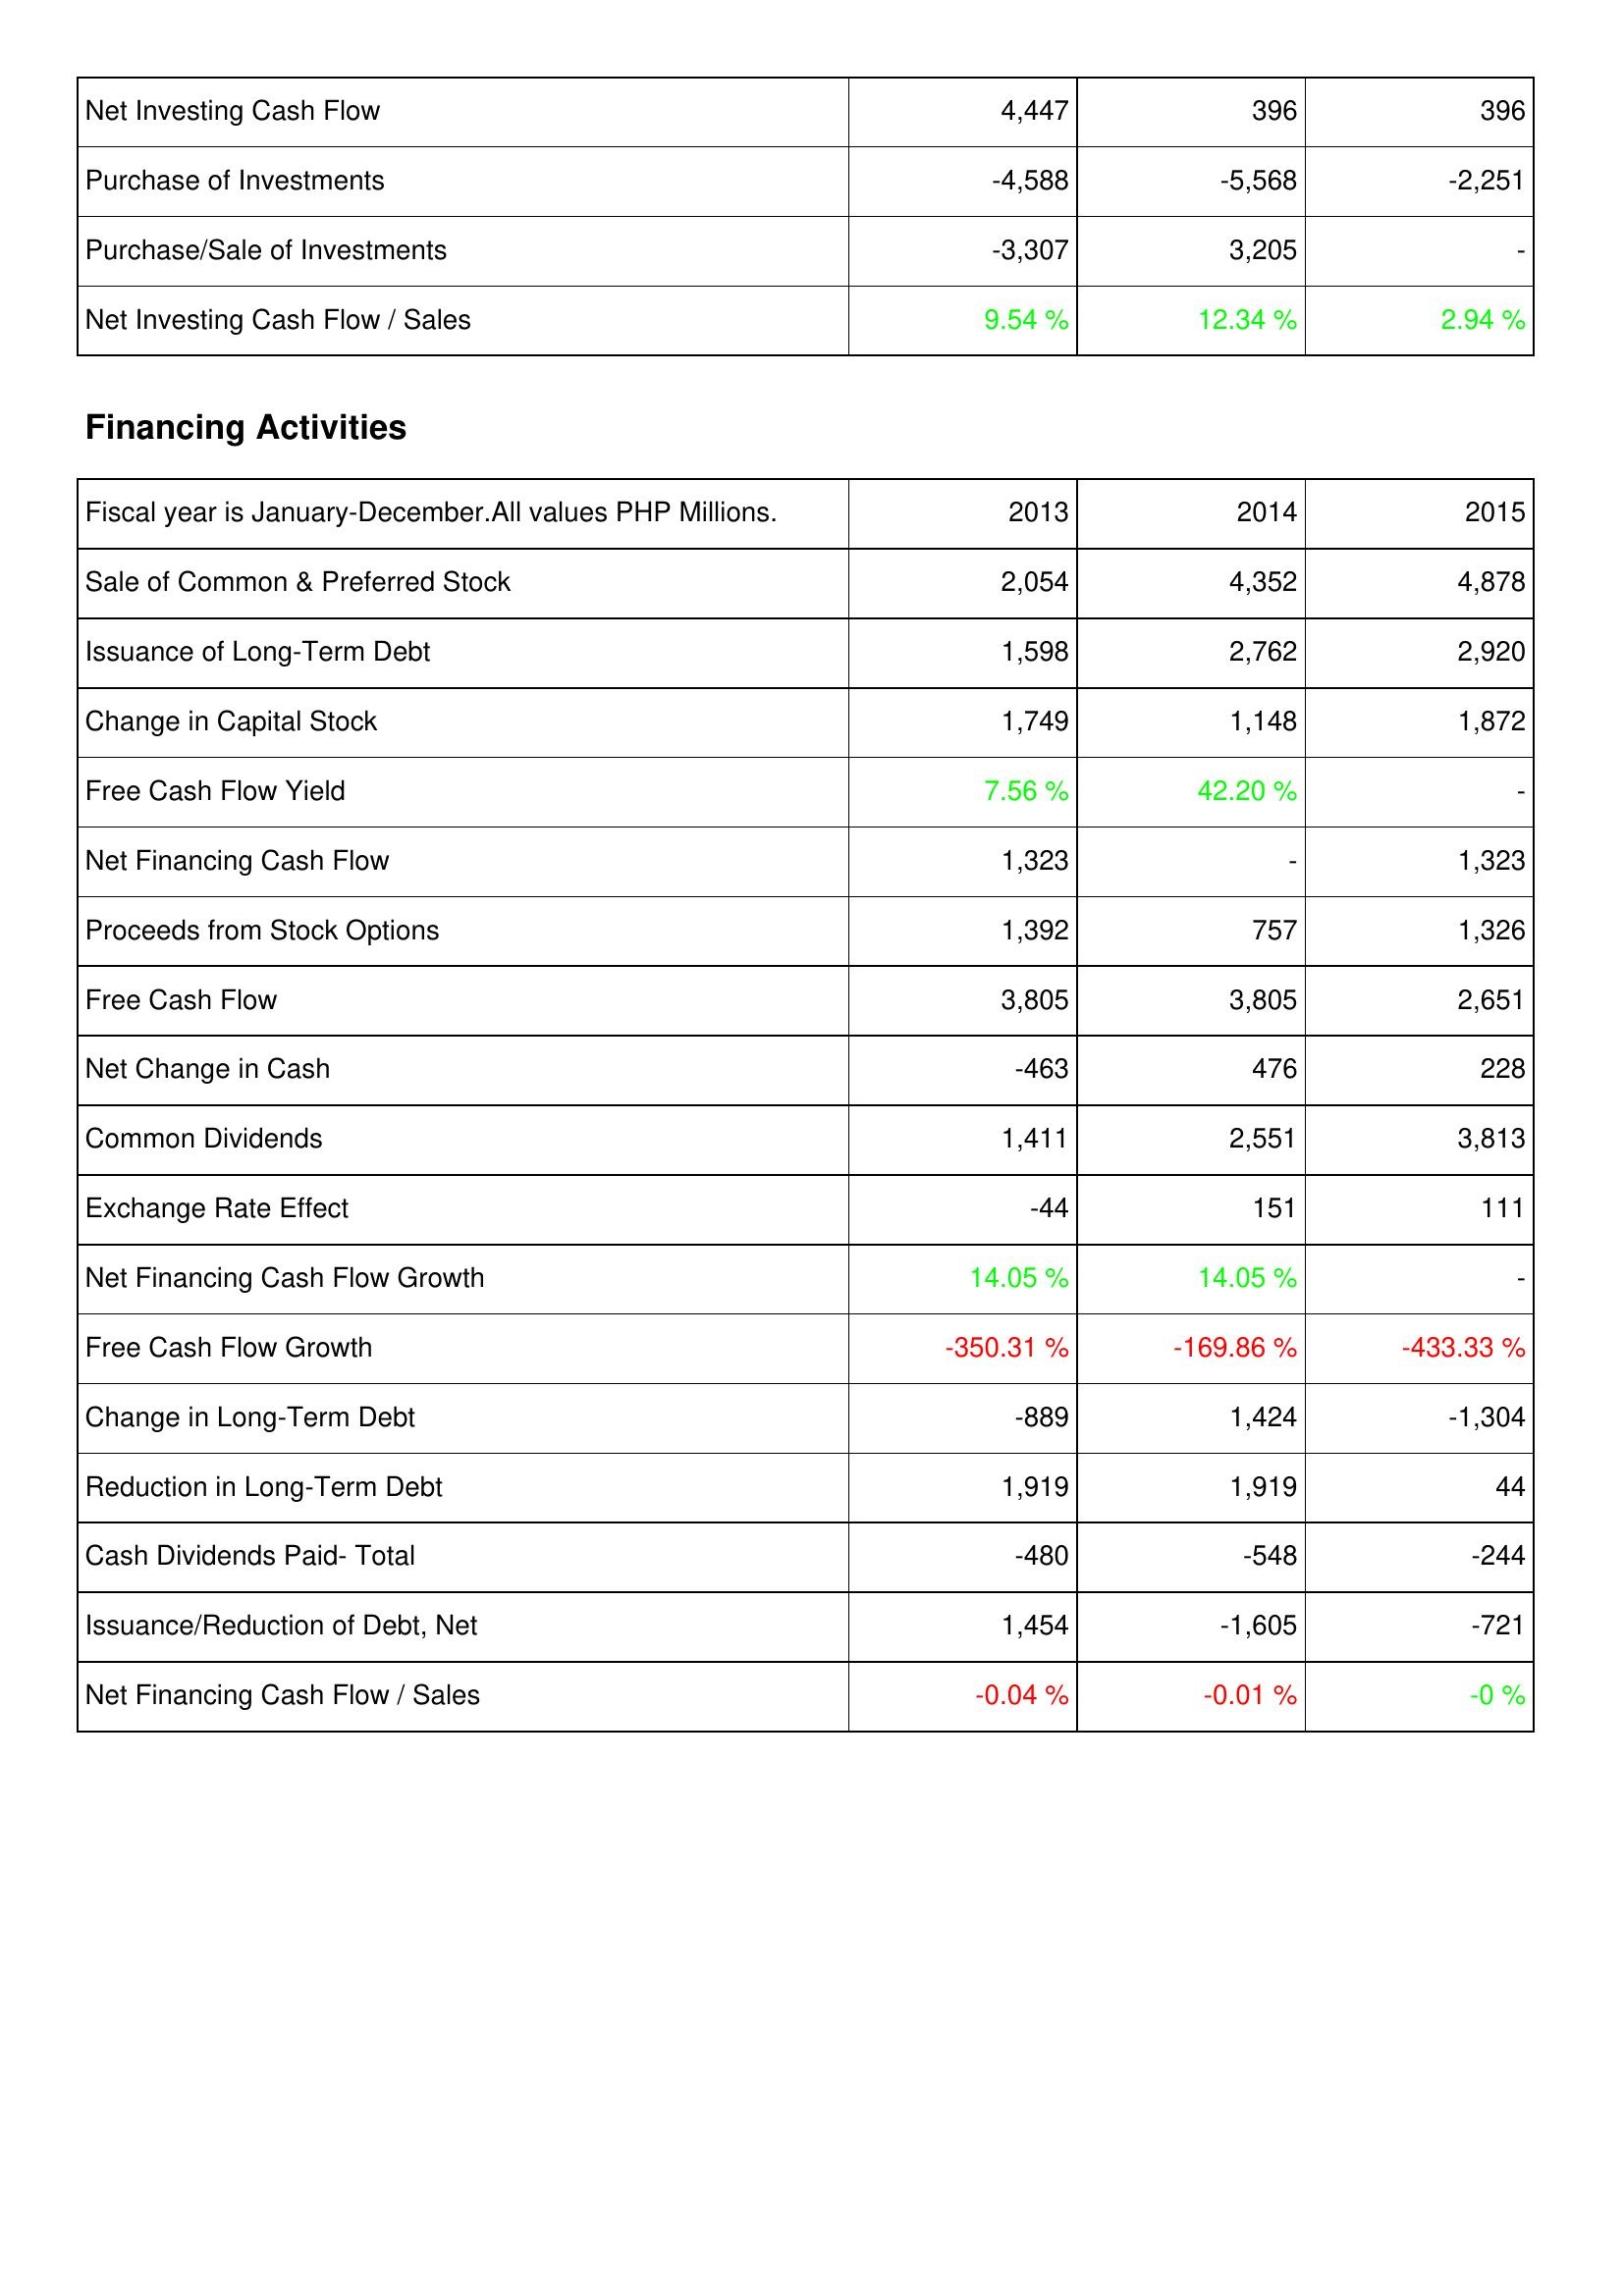
2013: Investing Activities: Net Investing Cash Flow: 4,447
Purchase of Investments: -4,588
Purchase/Sale of Investments: -3,307
Net Investing Cash Flow / Sales: 9.54 %
Financing Activities: Sale of Common & Preferred Stock: 2,054
Issuance of Long-Term Debt: 1,598
Change in Capital Stock: 1,749
Free Cash Flow Yield: 7.56 %
Net Financing Cash Flow: 1,323
Proceeds from Stock Options: 1,392
Free Cash Flow: 3,805
Net Change in Cash: -463
Common Dividends: 1,411
Exchange Rate Effect: -44
Net Financing Cash Flow Growth: 14.05 %
Free Cash Flow Growth: -350.31 %
Change in Long-Term Debt: -889
Reduction in Long-Term Debt: 1,919
Cash Dividends Paid- Total: -480
Issuance/Reduction of Debt, Net: 1,454
Net Financing Cash Flow / Sales: -0.04 %
2014: Investing Activities: Net Investing Cash Flow: 396
Purchase of Investments: -5,568
Purchase/Sale of Investments: 3,205
Net Investing Cash Flow / Sales: 12.34 %
Financing Activities: Sale of Common & Preferred Stock: 4,352
Issuance of Long-Term Debt: 2,762
Change in Capital Stock: 1,148
Free Cash Flow Yield: 42.20 %
Net Financing Cash Flow: -
Proceeds from Stock Options: 757
Free Cash Flow: 3,805
Net Change in Cash: 476
Common Dividends: 2,551
Exchange Rate Effect: 151
Net Financing Cash Flow Growth: 14.05 %
Free Cash Flow Growth: -169.86 %
Change in Long-Term Debt: 1,424
Reduction in Long-Term Debt: 1,919
Cash Dividends Paid- Total: -548
Issuance/Reduction of Debt, Net: -1,605
Net Financing Cash Flow / Sales: -0.01 %
2015: Investing Activities: Net Investing Cash Flow: 396
Purchase of Investments: -2,251
Purchase/Sale of Investments: -
Net Investing Cash Flow / Sales: 2.94 %
Financing Activities: Sale of Common & Preferred Stock: 4,878
Issuance of Long-Term Debt: 2,920
Change in Capital Stock: 1,872
Free Cash Flow Yield: -
Net Financing Cash Flow: 1,323
Proceeds from Stock Options: 1,326
Free Cash Flow: 2,651
Net Change in Cash: 228
Common Dividends: 3,813
Exchange Rate Effect: 111
Net Financing Cash Flow Growth: -
Free Cash Flow Growth: -433.33 %
Change in Long-Term Debt: -1,304
Reduction in Long-Term Debt: 44
Cash Dividends Paid- Total: -244
Issuance/Reduction of Debt, Net: -721
Net Financing Cash Flow / Sales: -0 %